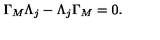
\Gamma _ { M } \Lambda _ { j } - \Lambda _ { j } \Gamma _ { M } = 0 .